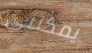
يمكنني